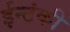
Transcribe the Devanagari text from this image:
ईन्टंकी